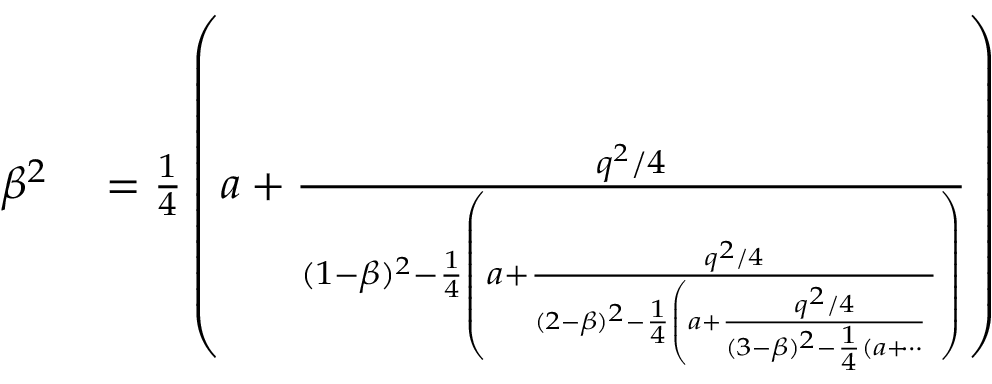
\begin{array} { r l } { \beta ^ { 2 } } & { { } = \frac { 1 } { 4 } \left( a + \frac { q ^ { 2 } / 4 } { ( 1 - \beta ) ^ { 2 } - \frac { 1 } { 4 } \left( a + \frac { q ^ { 2 } / 4 } { ( 2 - \beta ) ^ { 2 } - \frac { 1 } { 4 } \left( a + \frac { q ^ { 2 } / 4 } { ( 3 - \beta ) ^ { 2 } - \frac { 1 } { 4 } ( a + \dotsi } \right. } \right) } \right) } \end{array}